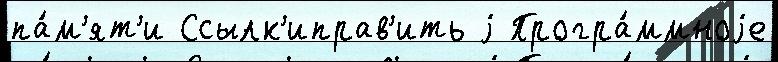
па́м'ят'и Ссылк'иправ'ить j Програ́ммноjе